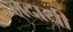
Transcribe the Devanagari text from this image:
लदायी